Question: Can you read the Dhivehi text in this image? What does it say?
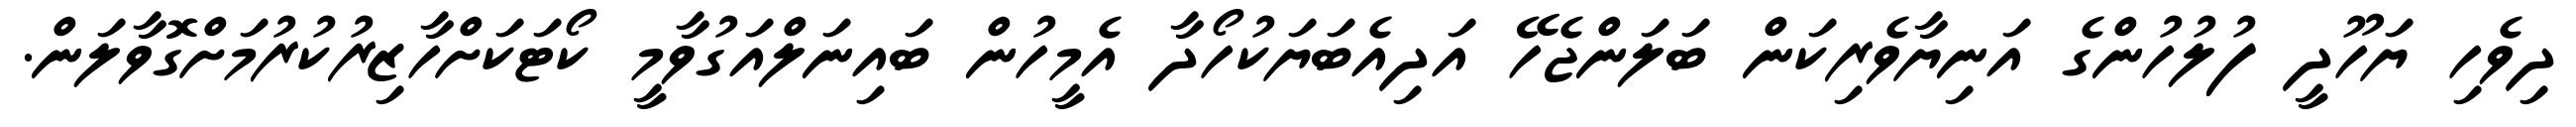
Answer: ދިވެހި ޔަހޫދީ ފުލުހުންގެ އަނިޔާވެރިކަން ބަލަންޖެހޭ އަދިއެބަޔަކުހޯދާ އެމީހުން ބައިނަލްއަގުވާމީ ކޯޓަކަށްހާޒިރުކުރުމަށްގޮވާލަން.